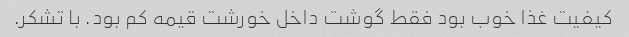
کیفیت غذا خوب بود فقط گوشت داخل خورشت قیمه کم بود. با تشکر.